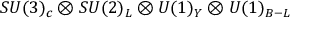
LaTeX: S U ( 3 ) _ { c } \otimes S U ( 2 ) _ { L } \otimes U ( 1 ) _ { Y } \otimes U ( 1 ) _ { B - L }